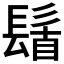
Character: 𮫆